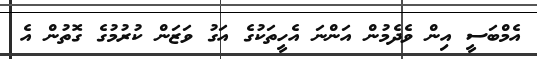
އެމްބަސީ އިން ވެދެމުން އަންނަ އެހީތަކުގެ އަގު ވަޒަން ކުރުމުގެ ގޮތުން އެ